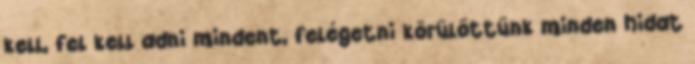
kell, fel kell adni mindent, felégetni körülöttünk minden hidat